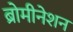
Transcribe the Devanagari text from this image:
ब्रोमीनेशन